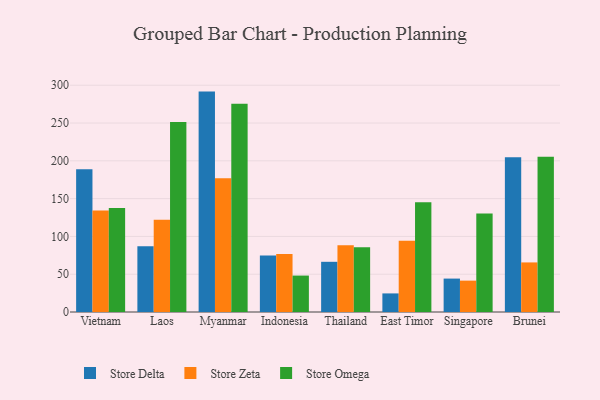
{"axis": {"x": "Country", "y": "Gross Profit (USD K)"}, "legend": ["Store Delta", "Store Omega", "Store Zeta"], "data": [{"x": "Vietnam", "y": 188.7, "type": "Store Delta"}, {"x": "Vietnam", "y": 134.4, "type": "Store Zeta"}, {"x": "Vietnam", "y": 137.6, "type": "Store Omega"}, {"x": "Laos", "y": 87.0, "type": "Store Delta"}, {"x": "Laos", "y": 121.9, "type": "Store Zeta"}, {"x": "Laos", "y": 251.4, "type": "Store Omega"}, {"x": "Myanmar", "y": 291.6, "type": "Store Delta"}, {"x": "Myanmar", "y": 176.9, "type": "Store Zeta"}, {"x": "Myanmar", "y": 275.4, "type": "Store Omega"}, {"x": "Indonesia", "y": 74.6, "type": "Store Delta"}, {"x": "Indonesia", "y": 76.7, "type": "Store Zeta"}, {"x": "Indonesia", "y": 48.2, "type": "Store Omega"}, {"x": "Thailand", "y": 66.4, "type": "Store Delta"}, {"x": "Thailand", "y": 88.2, "type": "Store Zeta"}, {"x": "Thailand", "y": 85.8, "type": "Store Omega"}, {"x": "East Timor", "y": 24.6, "type": "Store Delta"}, {"x": "East Timor", "y": 94.3, "type": "Store Zeta"}, {"x": "East Timor", "y": 145.1, "type": "Store Omega"}, {"x": "Singapore", "y": 44.2, "type": "Store Delta"}, {"x": "Singapore", "y": 41.5, "type": "Store Zeta"}, {"x": "Singapore", "y": 130.4, "type": "Store Omega"}, {"x": "Brunei", "y": 204.7, "type": "Store Delta"}, {"x": "Brunei", "y": 65.6, "type": "Store Zeta"}, {"x": "Brunei", "y": 205.5, "type": "Store Omega"}]}